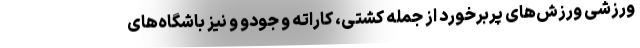
ورزشی ورزش‌های پربرخورد از جمله کشتی، کاراته و جودو و نیز باشگاه‌های